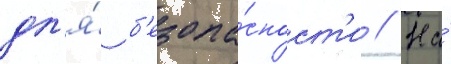
дл'я́ б'езопа́сност'и // На́